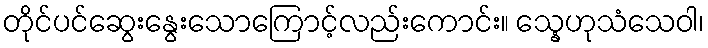
တိုင်ပင်ဆွေးနွေးသောကြောင့်လည်းကောင်း။ သ္နေဟုသံသေဝါ၊